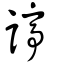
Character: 諪